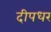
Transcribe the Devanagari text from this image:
दीपधर